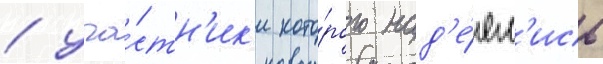
/ уча́стн'ик'и кото́рого над'е́ял'ись